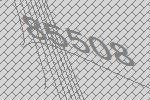
85508